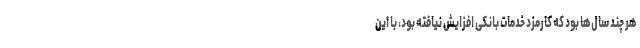
هر چند سال‌ها بود که کارمزد خدمات بانکی افزایش نیافته بود، با این